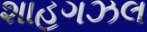
શાહગઝલ